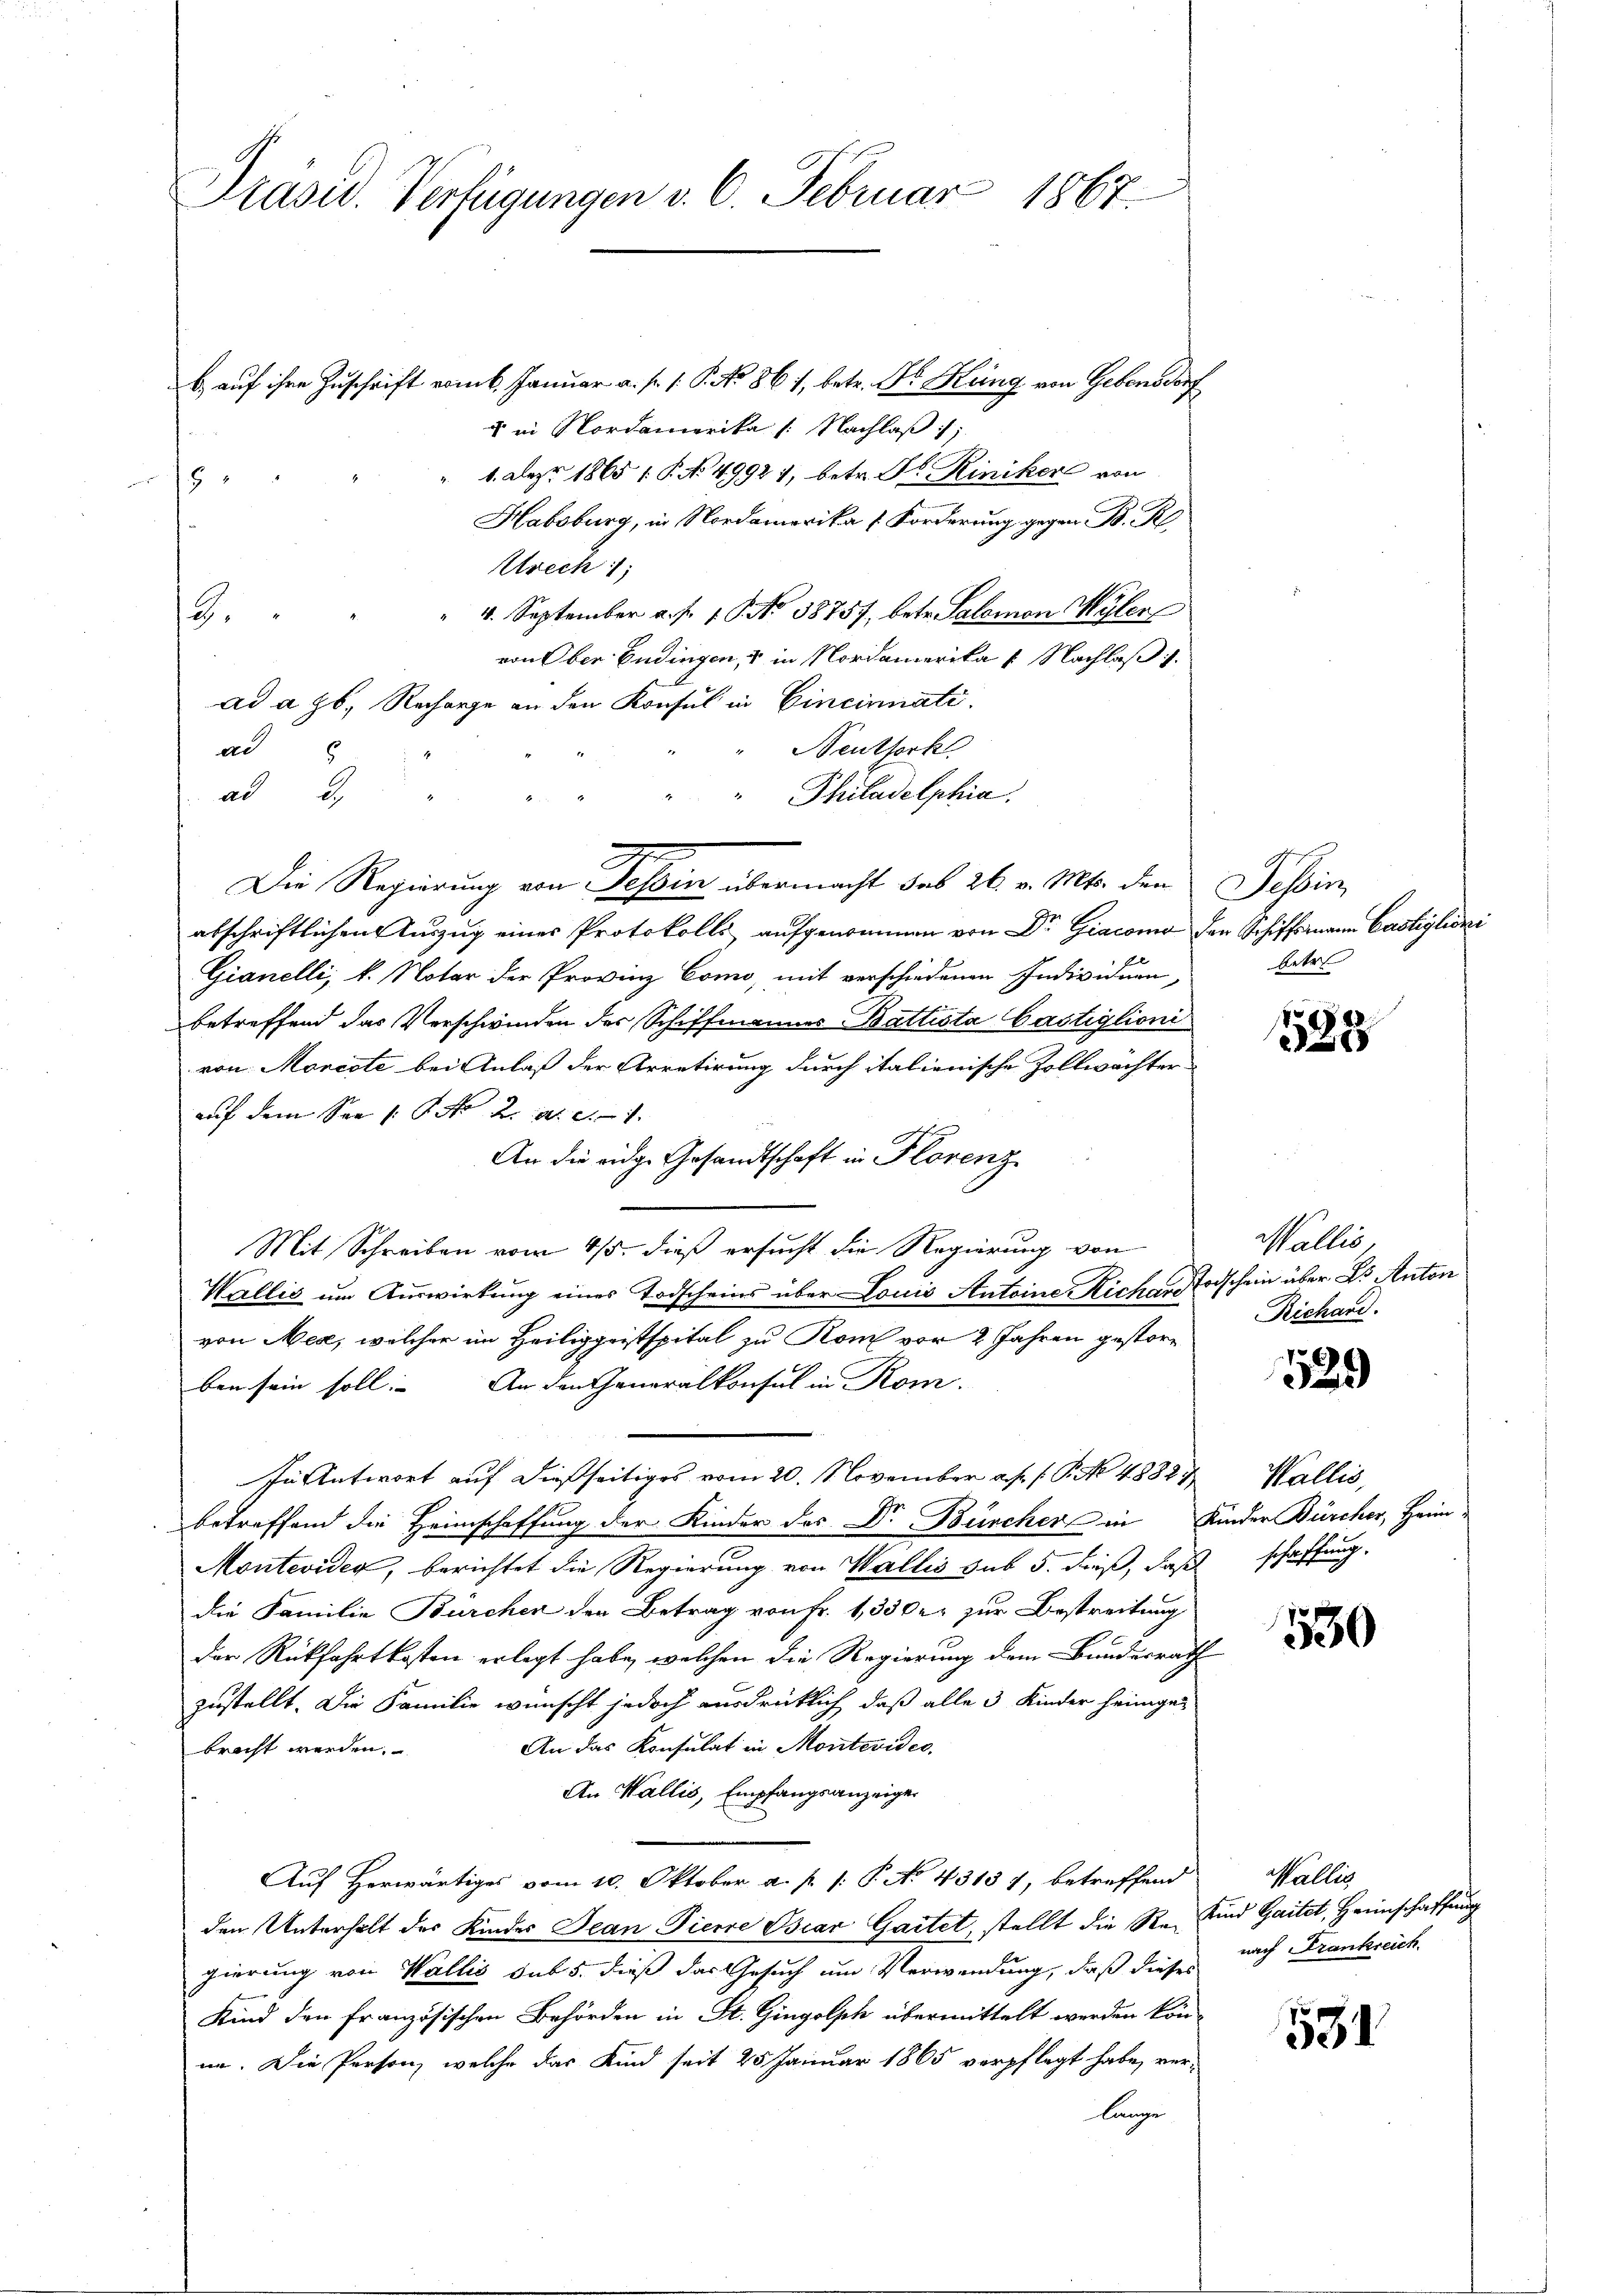
Präsid. Verfügungen v. 6. Februar 1867

b. auf ihre Zuschrift vom 6. Januar a. f. 1. P. No 861, betr. Dr. Küng von Gebensdorf
u in Nordamerika /: Nachlaß
1. Alepr 1865 1. P. No 4992 1, betr. Dr Riniker von
8
.
Urech 1;
" 4. September a. f. 1. No 38757, betr. Salomon Wylen
von Ober Endingen, & in Nordamerika u. Nachlaß 1.
ad a Hs. Recharge an den Konsul in Cincirnati
Neuthork
ad
ad,
" Philadelphia
Die Regierung von Tessin übermacht des 26. v. Mts. den Tessin,
abschriftlichen Auszug eines Protokolls aufgenommen von Dr Giacona den Schiffsmann Castiglioni
Gianelli, b. Notar der Provinz Como, mit verschiedenen Individuen,
betreffend das Verschwinden der Schiffmannes Battista Castiglioni
von Morcote bei Anlaß der Arretirung durch italienische Zollwächter
auf dem See 1. No 2. a. a. 1
An die eidge Gesandtschaft in Florenz
Mit Schreiben vom 4/5. dieß ersucht die Regierung von
Wallis um Auswirkung eines Todscheins über Louis Antoine Richen Todschein über Dr. Anton
von Mex, welcher im Heiliggristspital zu Rom vor 2 Jahren gestorben sein soll. An den Generalkonsul in Kom-
n Antwort auf dießseitiges vom 20. November a. p. 1. P. No 48327, Wallis,
betreffend die Heimschaffung der Kinder des Dr Bürcher in Kinder Bürcher, Heim¬
Montevides, berichtet die Regierung von Wallis sub 5. dieß, daß schaffung.
die Familie Bürchen der Betrag von Fr. 1,330er zur Bestreitung
der Rückfahrtkosten erlegt habe, welchen die Regierung dem Bundesrath
zustellt. Die Familie wünscht jedoch ausdrücklich, daß alle 3 Kinder heimge-
An das Konsulat in Montevides.
bracht werden.
An Wallis, Empfangsanzeiger
Auf Herwärtiges vom 10. Oktober a. p. /: P. No 43137, betreffend
den Unterhalt des Kinder Jean Pierre Diar Gartet, stellt die Re-Kind Gaitet, Heimschaffung
gierung von Wallis sub 5. dieß das Gesuch um Verwendung, daß dieses nach Frankreich
Kind den französischen Behörden in St. Gingolph übermittelt werden kön-
nn. Die Person, welche das Kind seit 25 Januar 1865 verpflegt habe, ver-
lange

3.

betr

588

Wallis,
Richand.

529

530

Wallis,

531